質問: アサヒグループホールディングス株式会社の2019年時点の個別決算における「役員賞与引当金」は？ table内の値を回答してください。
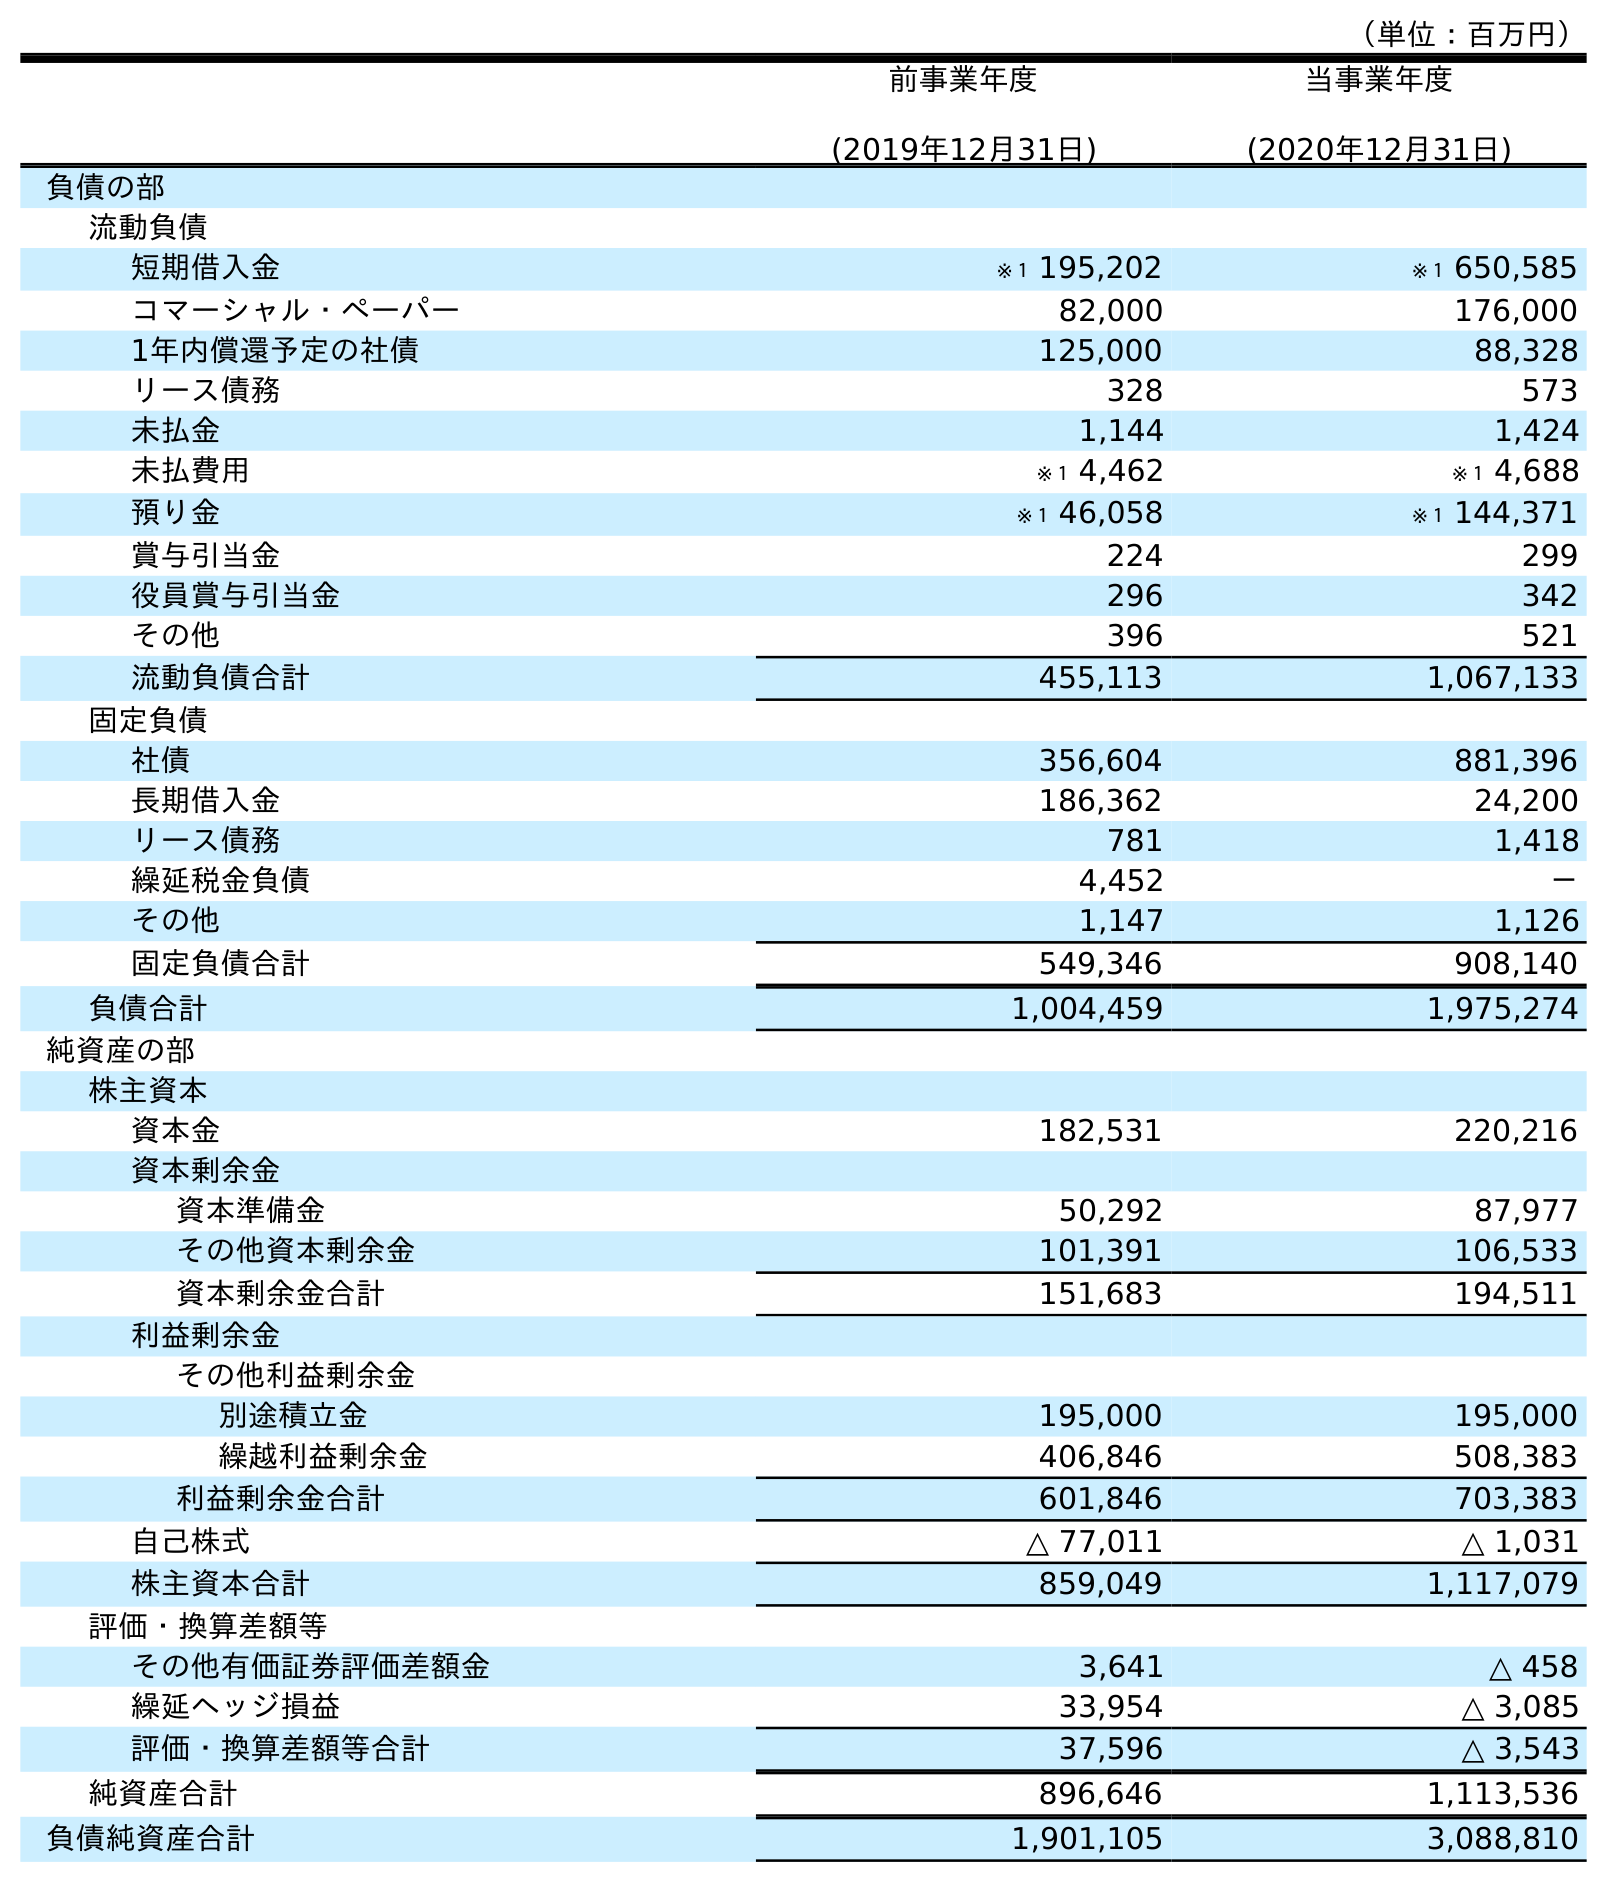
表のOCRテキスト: （単位：百万円） 前事業年度 (2019年12月31日) 当事業年度 (2020年12月31日) 負債の部 流動負債 短期借入金 ※１ 195,202 ※１ 650,585 コマーシャル・ペーパー 82,000 176,000 1年内償還予定の社債 125,000 88,328 リース債務 328 573 未払金 1,144 1,424 未払費用 ※１ 4,462 ※１ 4,688 預り金 ※１ 46,058 ※１ 144,371 賞与引当金 224 299 役員賞与引当金 296 342 その他 396 521 流動負債合計 455,113 1,067,133 固定負債 社債 356,604 881,396 長期借入金 186,362 24,200 リース債務 781 1,418 繰延税金負債 4,452 － その他 1,147 1,126 固定負債合計 549,346 908,140 負債合計 1,004,459 1,975,274 純資産の部 株主資本 資本金 182,531 220,216 資本剰余金 資本準備金 50,292 87,977 その他資本剰余金 101,391 106,533 資本剰余金合計 151,683 194,511 利益剰余金 その他利益剰余金 別途積立金 195,000 195,000 繰越利益剰余金 406,846 508,383 利益剰余金合計 601,846 703,383 自己株式 △ 77,011 △ 1,031 株主資本合計 859,049 1,117,079 評価・換算差額等 その他有価証券評価差額金 3,641 △ 458 繰延ヘッジ損益 33,954 △ 3,085 評価・換算差額等合計 37,596 △ 3,543 純資産合計 896,646 1,113,536 負債純資産合計 1,901,105 3,088,810
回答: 296